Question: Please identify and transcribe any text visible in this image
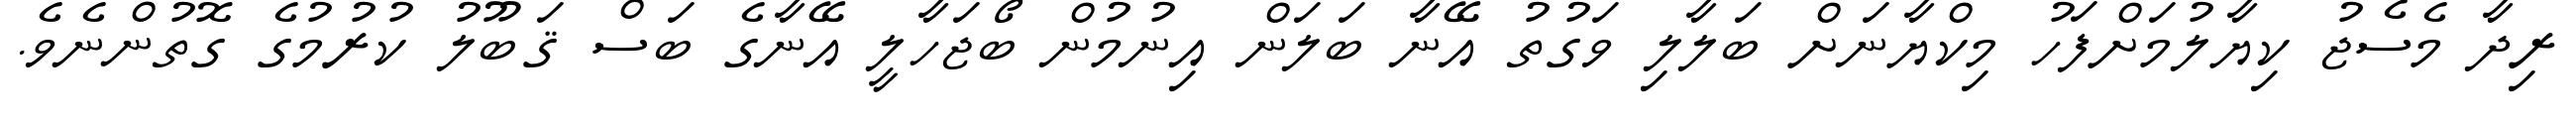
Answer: ރިދާ މެސެޖު ކިޔާލުމަށްފަހު މިކްޔާނަށް ބަލާލި ވަގުތު އޭނާ ބަލަން އިނުމުން ބޯޖަހާލީ އޭނާގެ ބަސް ޤަބޫލު ކުރުމުގެ ގޮތުންނެވެ.